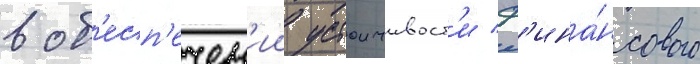
в об'есп'ечен'ии устоичивост'и ф'ина́нсового